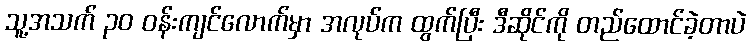
သူ့အသက် ၃၀ ဝန်းကျင်လောက်မှာ အလုပ်က ထွက်ပြီး ဒီဆိုင်ကို တည်ထောင်ခဲ့တာပဲ